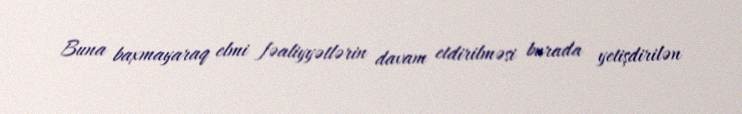
Buna baxmayaraq elmi fəaliyyətlərin davam etdirilməsi burada yetişdirilən